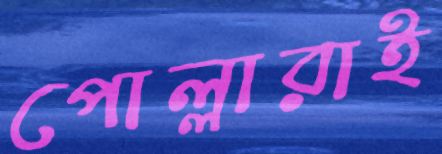
পোল্লারাই